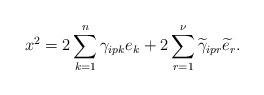
LaTeX: \begin{align*}x^{2}=2\sum_{k=1}^{n}\gamma_{ipk}e_{k}+2\sum_{r=1}^{\nu}\widetilde{\gamma}_{ipr}\widetilde{e}_{r}.\end{align*}